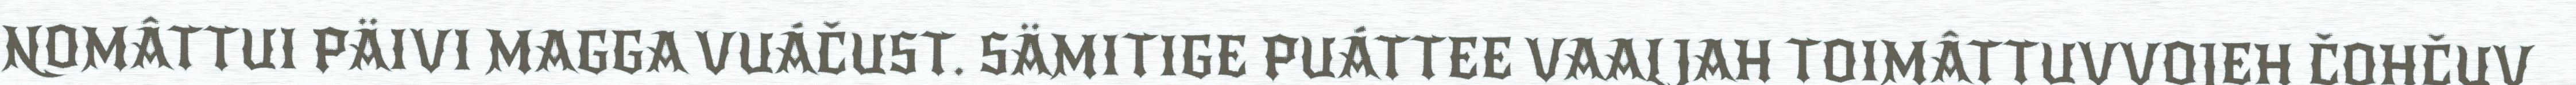
NOMÂTTUI PÄIVI MAGGA VUÁČUST. SÄMITIGE PUÁTTEE VAALJAH TOIMÂTTUVVOJEH ČOHČUV